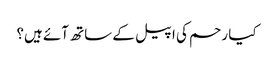
کیا رحم کی اپیل کے ساتھ آئے ہیں؟